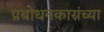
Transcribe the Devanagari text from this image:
प्रबोधनकारांच्या